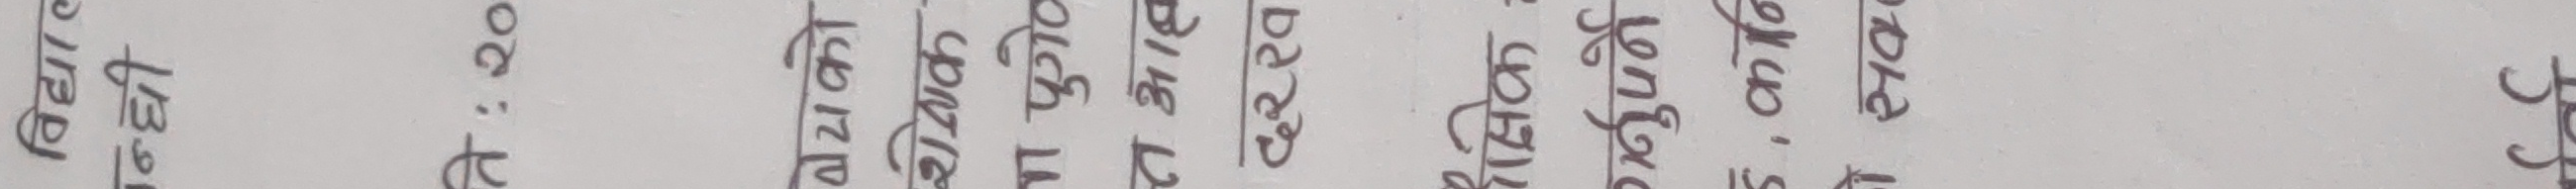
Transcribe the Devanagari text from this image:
खर्च लेखा २० सापट बिक्री पुर्जा जनवरी श्री बँध